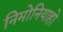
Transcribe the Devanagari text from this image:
निमोनियाहो